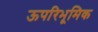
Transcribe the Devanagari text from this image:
ऊपरिभूमिक